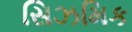
સિઝમિક